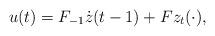
LaTeX: \begin{align*} u(t)=F_{-1}\dot z(t-1) + Fz_t(\cdot),\end{align*}